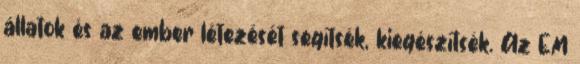
állatok és az ember létezését segítsék, kiegészítsék. Az EM